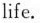
life.